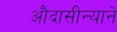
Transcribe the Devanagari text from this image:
औदासीन्याने